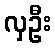
လှဦး